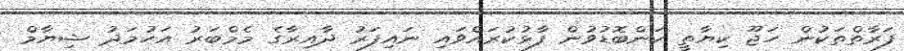
ފަރާތްތަކުން ހަޖޫ ކިޔާތީ ކަންބޮޑުވުން ފާޅުކުރައްވައި ނައިފަރު ދާއިރާގެ މެމްބަރު އަހުމަދު ޝިޔާމް